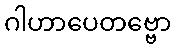
ဂါဟာပေတဗ္ဗော